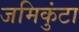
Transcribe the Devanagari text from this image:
जमिकुंटा